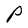
Character: P